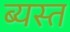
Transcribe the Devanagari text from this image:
ब्यस्त